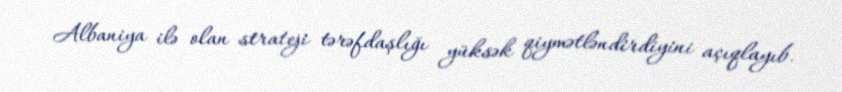
Albaniya ilə olan strateji tərəfdaşlığı yüksək qiymətləndirdiyini açıqlayıb.